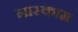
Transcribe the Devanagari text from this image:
नास्काम